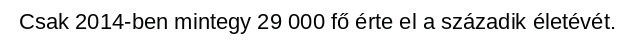
Csak 2014-ben mintegy 29 000 fő érte el a századik életévét.